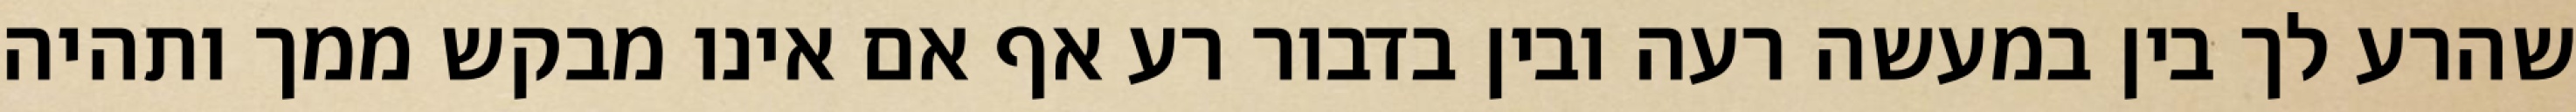
שהרע לך בין במעשה רעה ובין בדבור רע אף אם אינו מבקש ממך ותהיה